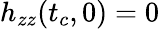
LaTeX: h_{zz}(t_{c},0)=0